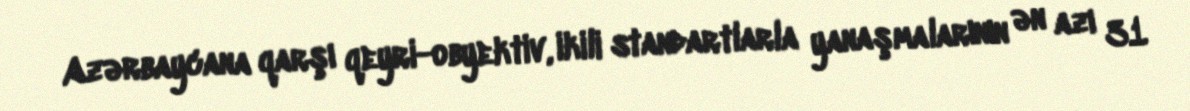
Azərbaycana qarşı qeyri-obyektiv, ikili standartlarla yanaşmalarının ən azı 31